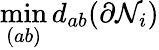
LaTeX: \operatorname*{min}_{(ab)}d_{ab}(\partial\mathcal N_{i})